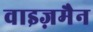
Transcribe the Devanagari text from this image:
वाइज़मैन